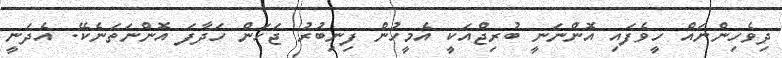
ދިވެހިންނައް ހީވެފަައި އޮންނަނީ ބުރިޖްއަކީ އެމީހުން ފިނިބުރު ޖަހަން ހަދާފަ އޮންނަތަނެކޭ. އެދަނީ